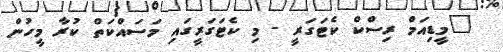
"މީޑިއަމް ރިސްކް ކެޓަގަރީ - މި ކެޓަގަރީގައި މަސައްކަތް ކުރާ މީހުން